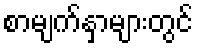
စာမျက်နှာများတွင်